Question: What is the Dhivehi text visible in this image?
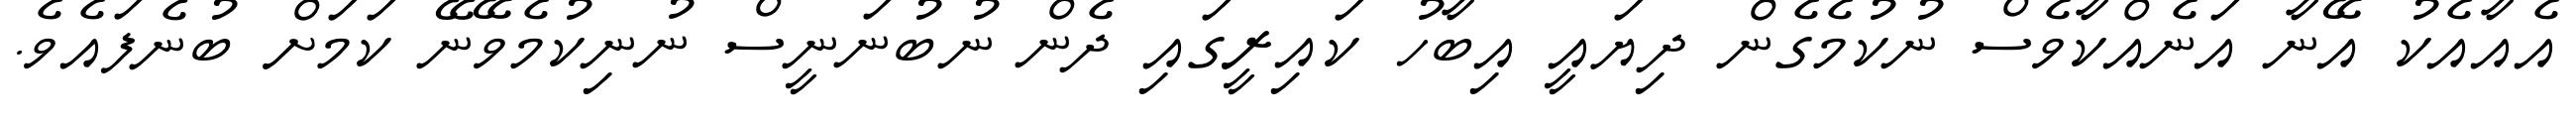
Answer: އެއާއެކު އޭނާ އަނެއްކާވެސް ނުކުމެގެން ދިޔައީ އިބާހު ކައިރީގައި ދެން ނުބުނަނީސް ނުނިކުމެވޭނޭ ކަމަށް ބުނެފައެވެ.